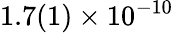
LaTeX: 1.7(1)\times 10^{-10}